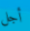
أجل